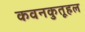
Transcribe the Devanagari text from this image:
कवनकुतूहल